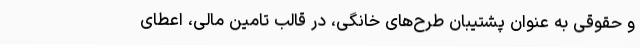
و حقوقی به عنوان پشتیبان طرح‌های خانگی، در قالب تامین مالی، اعطای